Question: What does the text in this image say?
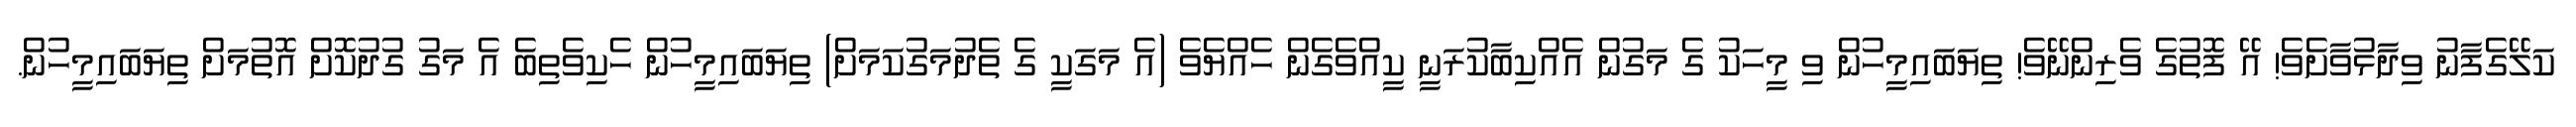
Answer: ކަލޭގެފާނު ވިދާޅުވާށެވެ! އޭ ފޮތުގެ ވެރިންނޭވެ! ތިޔަބައިމީހުން ވި މީހަކު ގެ މަގުން އެއްކިބާކުރަނީ ކީއްވެގެން ހެއްޔެވެ (އެ މަގަކީ ގެ ތެދުމަގުކަމަށް) ތިޔަބައިމީހުން ހެކިވެތިބެ އެ މަގު ގުދުކޮށް އޮތުމަށް ތިޔަބައިމީހުން.